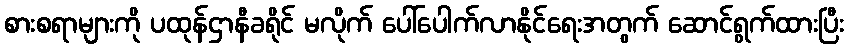
စားစရာများကို ပထုန်ဌာနီခရိုင် မလိုက် ပေါ်ပေါက်လာနိုင်ရေးအတွက် ဆောင်ရွက်ထားပြီး